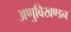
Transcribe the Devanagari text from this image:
अणुविखण्डन